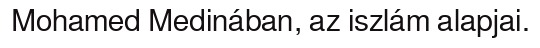
Mohamed Medinában, az iszlám alapjai.